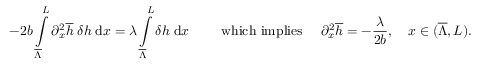
- 2 b \int \displaylimits _ { \overline { { \Lambda } } } ^ { L } { \partial _ { x } ^ { 2 } \overline { { h } } \; \delta h \; \mathrm { d } x } = \lambda \int \displaylimits _ { \overline { { \Lambda } } } ^ { L } { \delta h \; \mathrm { d } x } \qquad \mathrm { ~ w h i c h ~ i m p l i e s ~ } \quad \partial _ { x } ^ { 2 } \overline { { h } } = - \frac { \lambda } { 2 b } , \quad x \in ( \overline { { \Lambda } } , L ) .